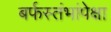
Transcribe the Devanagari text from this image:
बर्फस्तंभांपेक्षा